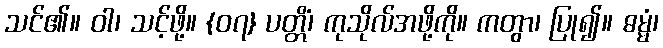
သင်၏။ ဝါ၊ သင့်ဖို့။ {၀၇} ပတ္တိံ၊ ကုသိုလ်အဖို့ကို။ ကတွာ၊ ပြု၍။ ဓမ္မံ၊